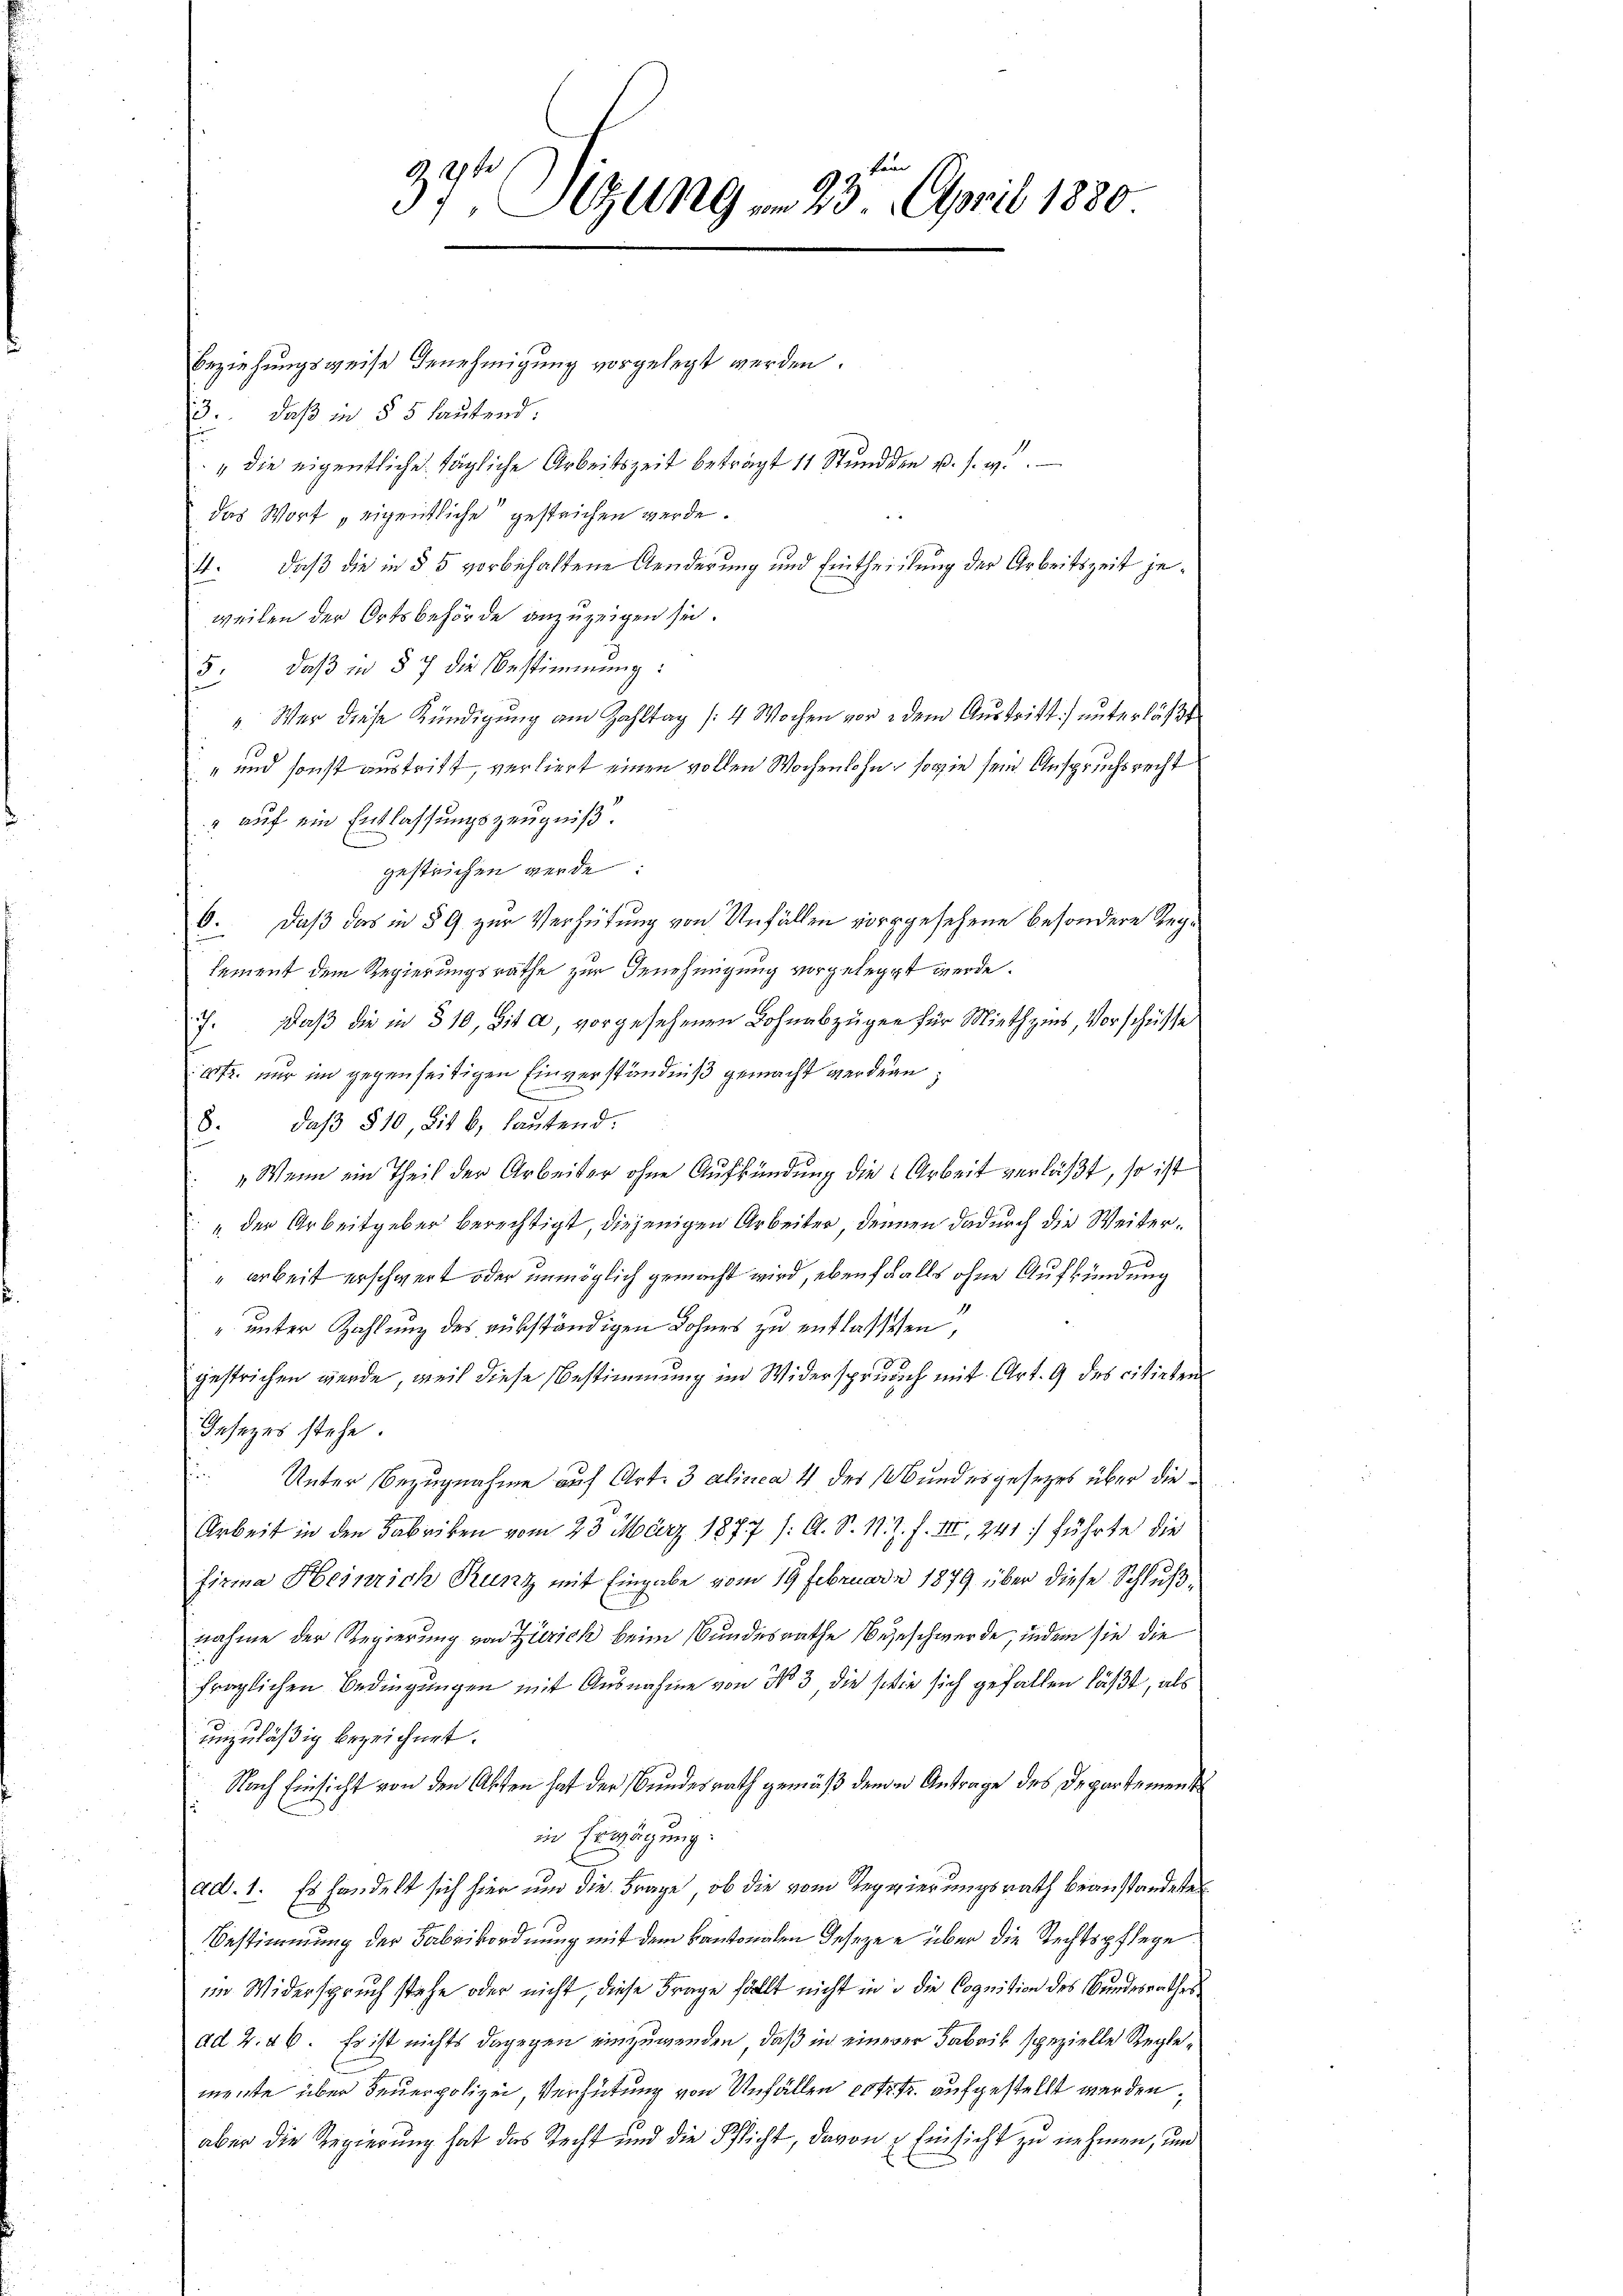
37t Sizung am 23. April 1880

Beziehungsweise Benehmigung vorgelegt werden.
3.. daß in § 5 lautend.
" die eigentliche tägliche Arbeitszeit beträgt 11 Stunden u. s. w.
das Wort „eigentliche gesteichen werde.
11. daß die in § 5 vorbehaltene Aenderung und Eintheilung der Arbeitszeit jeweilen der Ortsbehörde anzuzeigen sei.
3. daß in § 7 die Bestimmung:
". Wer diese Kündigung am Zahltag /: 4 Wochen vor dem Austritt. unterläßt
" und sonst austritt, verliert einen vollen Wochenlohn, sowie sein Anspruchsrecht
" auf ein Entlassungszeugniß.
gestrichen werde:
6. Daß das in § 9 zur Verhütung von Unfällen vorgesehene besondere Reglement dem Regierungsrathe zur Genehmigung vorgelegt werde.
7. Daβ die in 510, sit a, vorgesehenen Lohnabzügen für Miethzins, Vorschüsse
4fr. nur im gegenseitigen Einverständniß gemacht werden,
6. daβ § 10, Lit. b. laŭtend.
"Wenn ein Theil der Arbeiter ohne Aufkündung die Arbeit verläßt, so ist
" der Arbeitgeber berechtigt, diejenigen Arbeiter, dennen dadurch die Weiter¬
"arbeit erschwert oder unmöglich gemacht wird, ebenfalls ohne Aufkündung
" unter Zahlung des rükständigen Lohnes zu entlassenen,
gestrichen werde, weil diese Bestimmung im Widerspruch mit Art. 9 des citirten
Jesezes stehe.
f
Unter Bezugnahme auf Art. 3 alinea 4 des Bundesgesezes über die¬
Arbeit in den Fabriken vom 23. März 1877 /: A. S. 11. Z. f. III, 241) führte die
firma Heinrich Runz mit Eingabe vom 19 Februar 1879 über diese Schlußnahme der Regierung von Zürich beim Bundesrathe Begeschwerde, indem sie die
fraglichen Bedingungen mit Ausnahme von No 3, die sie sich gefallen läßt, als
einzuläßig bezeichnet.
Nach Einsicht von den Akten hat der Bundesrath gemäß denen Antrage des Departementin Erwägung.
ad. 1. Es handelt sich hier um die Frage, ob die vom Regierungsrath beanstandete
Bestimmung der Fabrikordnung mit dem kantonalen Gesezen über die Rechtspflege
im Widerspruch stehe oder nicht, diese Frage fällt nicht in in die Cognition des Bundesrathes
ad 2. 46. Es ist nichts dagegen einzuwenden, daß in einerer Fabrik spezielle Reglemente über Feuerpolizei, Verhütung von Unfällen 10fr. aufgestellt werden,
aber die Regierung hat das Recht und die Pflicht, davon 3 Einsicht zu nehmen, und